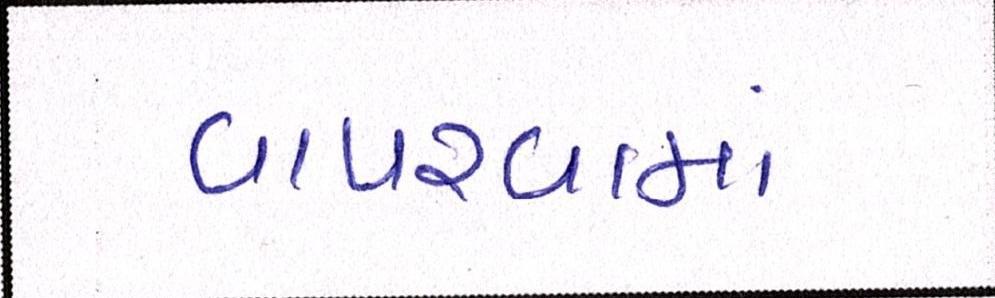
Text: વાપરવામાં